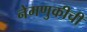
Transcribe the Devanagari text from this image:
नेमणुकीची